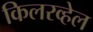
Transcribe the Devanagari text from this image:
किलरव्हेल